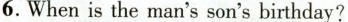
6.Whenis the man's son's birthday?